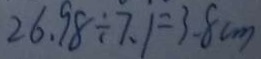
2 6 . 9 8 \div 7 . 1 = 3 . 8 c m